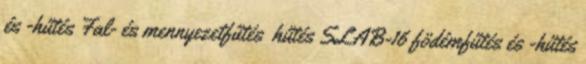
és -hűtés Fal- és mennyezetfűtés hűtés SLAB-16 födémfűtés és -hűtés